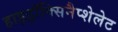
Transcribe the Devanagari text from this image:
हाइड्रॉक्सिनैप्शेलेट